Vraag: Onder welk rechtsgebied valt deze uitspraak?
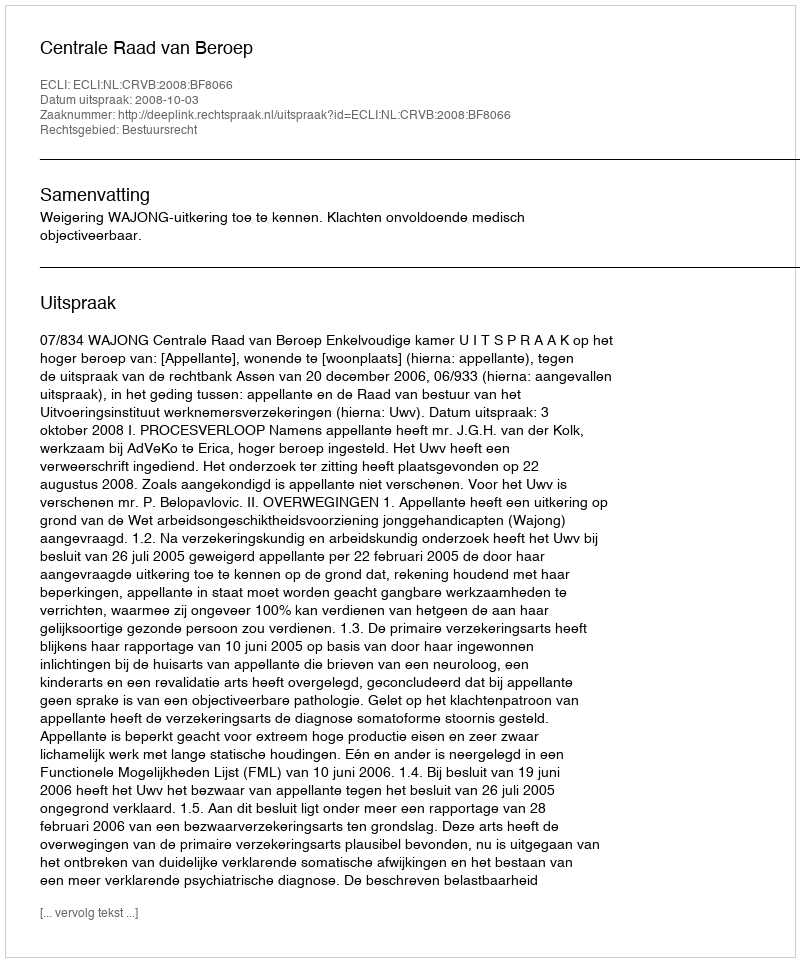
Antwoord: Bestuursrecht